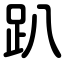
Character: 趴